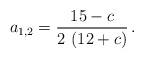
LaTeX: \begin{align*}a_{1,2}=\frac{15 - c}{2\,\left( 12 + c \right) } \, .\end{align*}